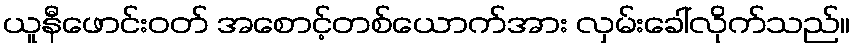
ယူနီဖောင်းဝတ် အစောင့်တစ်ယောက်အား လှမ်းခေါ်လိုက်သည်။